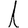
Digit: 1